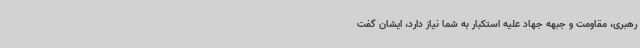
رهبری، مقاومت و جبهه جهاد علیه استکبار به شما نیاز دارد، ایشان گفت